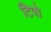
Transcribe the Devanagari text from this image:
टिपो